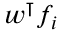
\boldsymbol { w ^ { \intercal } f _ { i } }